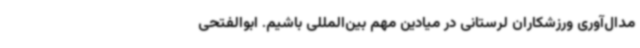
مدال‌آوری ورزشکاران لرستانی در میادین مهم بین‌المللی باشیم. ابوالفتحی